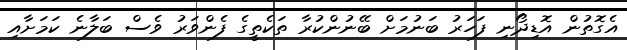
އެގޮތުން އޮޑިދޯނި ފަހަރު ބަނުމަށް ބޭނުންކުރާ ތަކެތީގެ ފެންވަރު ވެސް ބަލާނެ ކަމަށާއި